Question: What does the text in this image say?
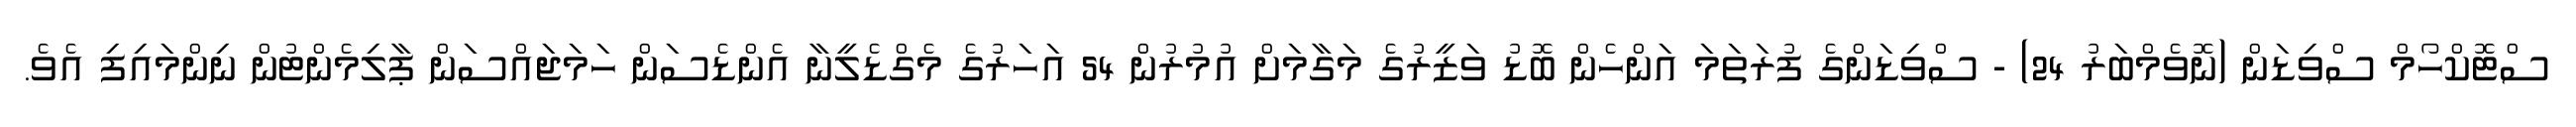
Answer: ސްޓޮކްހޯމް ސްވިޑަން (ނޮވެމްބަރު 24) - ސްވިޑަންގެ ފުރަތަމަ އަންހެން ބޮޑު ވަޒީރުގެ މަގާމަށް އުމުރުން 54 އަހަރުގެ މެގްޑެލީނާ އެންޑެސަން ހަމަޖައްސަން ޕާލިމެންޓުން ނިންމައިފި އެވެ.